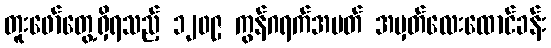
တူးဖော်တွေ့ရှိရသည့် ၁၂၀၉ ကွန်ဂရက်အမတ် အမှတ်လေးထောင်ခန်း